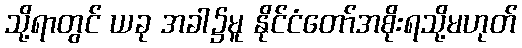
သို့ရာတွင် ယခု အခါ၌မူ နိုင်ငံတော်အစိုးရသို့မဟုတ်